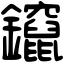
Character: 鑹